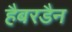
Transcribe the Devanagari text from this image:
हैबरडैन